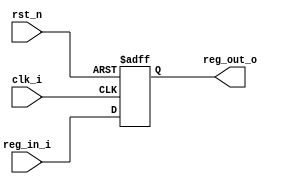
module Pipeline_Reg( clk_i, rst_n, reg_in_i, reg_out_o );

parameter size = 0;

//I/O ports
input           clk_i;
input	        rst_n;
input  [size-1:0] reg_in_i;
output [size-1:0] reg_out_o;
 
//Internal Signals
reg    signed [size-1:0] RegFile;

assign reg_out_o = RegFile;

always @( negedge rst_n or posedge clk_i )
begin
	if(rst_n == 0)
		RegFile <= 0;
	else
		RegFile <= reg_in_i;

end

endmodule